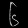
Digit: ၆